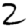
Digit: 2